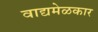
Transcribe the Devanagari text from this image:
वाद्यमेळकार